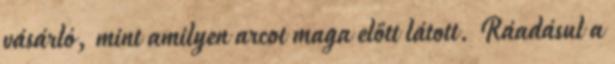
vásárló, mint amilyen arcot maga előtt látott. Ráadásul a